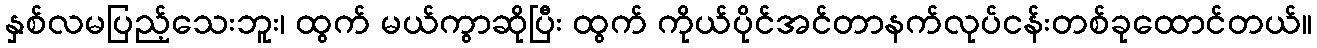
နှစ်လမပြည့်သေးဘူး၊ ထွက် မယ်ကွာဆိုပြီး ထွက် ကိုယ်ပိုင်အင်တာနက်လုပ်ငန်းတစ်ခုထောင်တယ်။